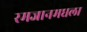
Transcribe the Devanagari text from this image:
रमजानमधला